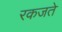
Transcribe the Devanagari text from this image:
रकजते